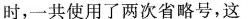
时，一共使用了两次省略号，这